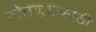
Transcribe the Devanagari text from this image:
तोलण्यासाठी